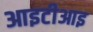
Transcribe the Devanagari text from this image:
आइटीआइ